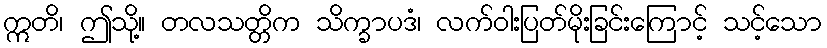
ဣတိ၊ ဤသို့။ တလသတ္တိက သိက္ခာပဒံ၊ လက်ဝါးပြတ်မိုးခြင်းကြောင့် သင့်သော